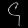
Digit: ၄